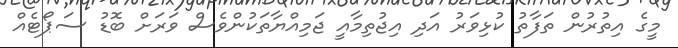
މީގެ އިތުރުން ތަފާތު ކުޅިވަރު އަދި އިޖުތިމާއީ ޖަމިއްޔާތަކުންވެސް ވަރަށް ބޮޑު ސަޕޯޓެއް